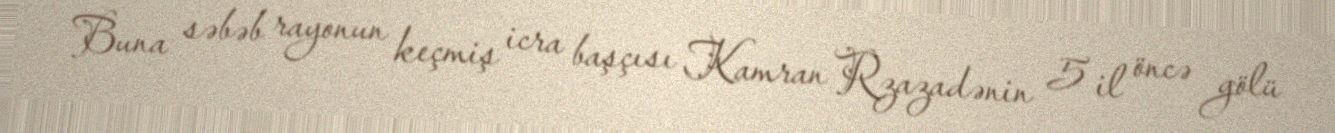
Buna səbəb rayonun keçmiş icra başçısı Kamran Rzazadənin 5 il öncə gölü